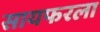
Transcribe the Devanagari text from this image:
सायफरला